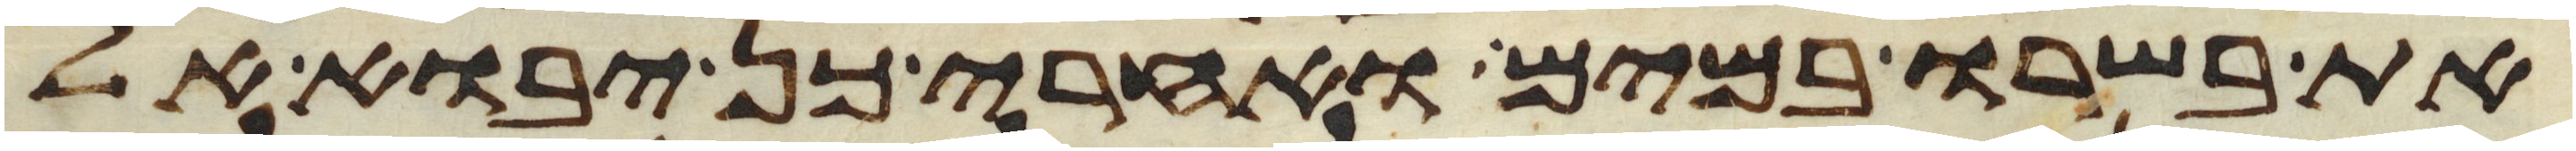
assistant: את בשרו במים ואחרי כן יבוא אל